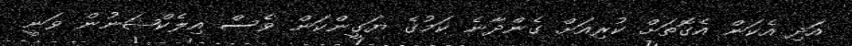
އަދި އެކަން އެގޮތަށް ކުރިއަށް ގެންދާނެ ކަމުގެ ޔަގީންކަން ވެސް އިލެކްޝަނުން ވަނީ